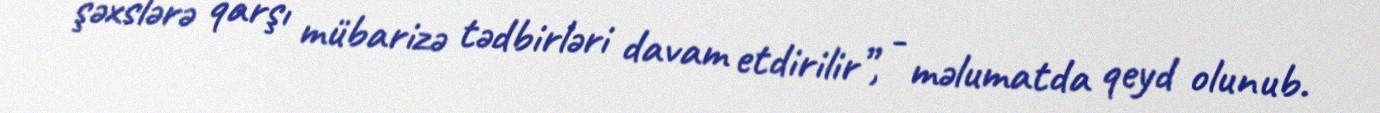
şəxslərə qarşı mübarizə tədbirləri davam etdirilir”, - məlumatda qeyd olunub.